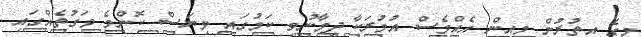
މީގެ އިތުރުން މިއިން އެއްވެސް އުމުރަކާ ދިމާނުވި ކަމުގައި ވިޔަސް ކޮންމެ ވަގުތެއްގައި